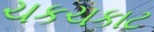
ચકચકાટ